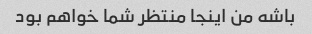
باشه من اینجا منتظر شما خواهم بود